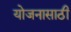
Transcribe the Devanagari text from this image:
योजनासाठी